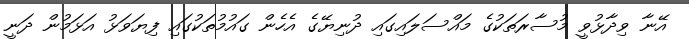
އޭނާ ވިދާޅުވީ މުސާރަތަކުގެ މައްސަލަައިގައި ދުނިޔޭގެ އެހެން ގައުމުތަކުގައި ފިޔަވަޅު އަޅަމުން ދަނީ